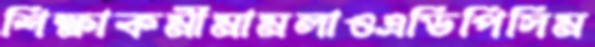
শিক্ষাকর্মীমামলাওএডিপিসিম